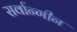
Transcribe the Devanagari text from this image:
सर्वान्गीन